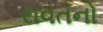
રાવતનો